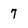
Character: 7